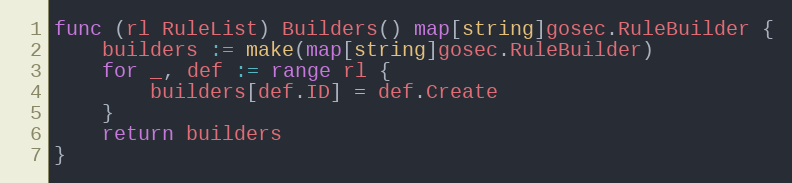
Language: Go
func (rl RuleList) Builders() map[string]gosec.RuleBuilder {
	builders := make(map[string]gosec.RuleBuilder)
	for _, def := range rl {
		builders[def.ID] = def.Create
	}
	return builders
}